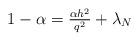
LaTeX: \begin{align*} 1 - \alpha = \tfrac{\alpha h^2}{q^2} + \lambda_N \end{align*}